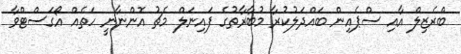
ބްރެޒިލް އާއި ސްޕެއިން ބައްދަލުކުރާ މުބާރާތުގެ ފައިނަލް މެޗު އޮންނާނީ ހަތެއް އޯގަސްޓްވާ